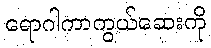
ရောဂါကာကွယ်ဆေးကို